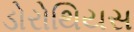
ડોરોથિયસ